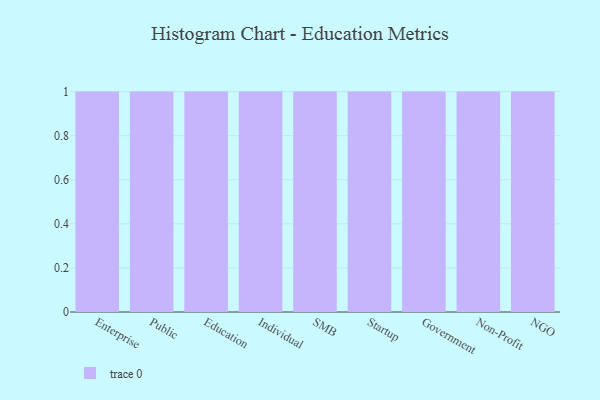
{"axis": {"x": "Segment", "y": "Net Income (USD K)"}, "legend": [""], "data": [{"x": "Enterprise", "y": 71, "type": ""}, {"x": "Public", "y": 19, "type": ""}, {"x": "Education", "y": 58, "type": ""}, {"x": "Individual", "y": 53, "type": ""}, {"x": "SMB", "y": 89, "type": ""}, {"x": "Startup", "y": 12, "type": ""}, {"x": "Government", "y": 76, "type": ""}, {"x": "Non-Profit", "y": 83, "type": ""}, {"x": "NGO", "y": 60, "type": ""}]}